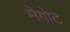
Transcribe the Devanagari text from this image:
मेगोट